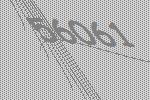
56061